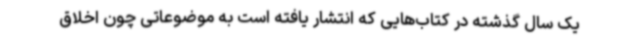
یک سال گذشته در کتاب‌هایی که انتشار یافته است به موضوعاتی چون اخلاق